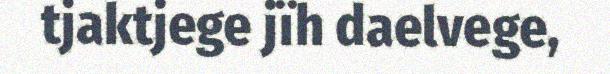
tjaktjege jïh daelvege,